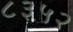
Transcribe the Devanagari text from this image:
८३५२